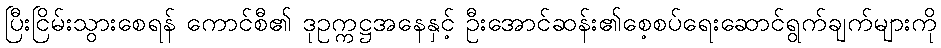
ပြီးငြိမ်းသွားစေရန် ကောင်စီ၏ ဒုဥက္ကဋ္ဌအနေနှင့် ဦးအောင်ဆန်း၏စေ့စပ်ရေးဆောင်ရွက်ချက်များကို